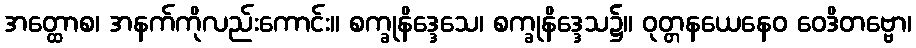
အတ္ထောစ၊ အနက်ကိုလည်းကောင်း။ စက္ခုနိဒ္ဒေသေ၊ စက္ခုနိဒ္ဒေသ၌။ ဝုတ္တနယေနေဝ ဝေဒိတဗ္ဗော၊